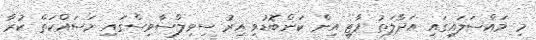
މި މައްސަލައިގައި އަދާލަތު ޕާޓީ އިން ކަންބޮޑުވި އިރު ސިވިލްސާވިސްގައި މަސައްކަތް ކުރާ